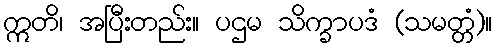
ဣတိ၊ အပြီးတည်း။ ပဌမ သိက္ခာပဒံ (သမတ္တံ)။